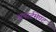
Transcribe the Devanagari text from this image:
अपार्टमेण्ट